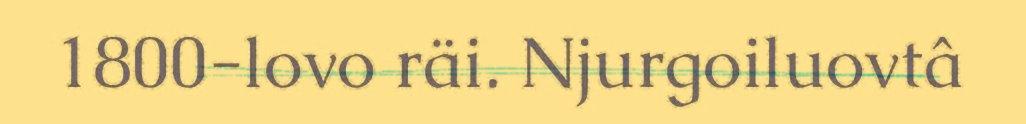
1800-lovo räi. Njurgoiluovtâ